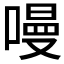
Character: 𠼦